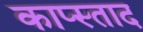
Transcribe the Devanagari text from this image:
काप्स्ताद